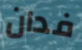
فدان